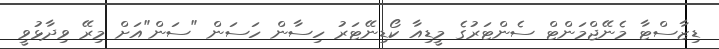
ޑިޒާސްޓާ މެނޭޖްމަންޓް ސެންޓަރުގެ މީޑިއާ ކޯޑިނޭޓަރު ހިސާން ހަސަން "ސަން"އަށް މިރޭ ވިދާޅުވީ